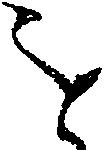
を